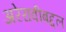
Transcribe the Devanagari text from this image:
अरेरावीबद्दल